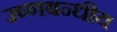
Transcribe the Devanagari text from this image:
उष्णबन्धीय